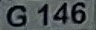
G 146